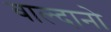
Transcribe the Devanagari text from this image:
वाल्दानो